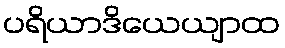
ပရိယာဒိယေယျာထ